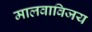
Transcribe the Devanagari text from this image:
मालवाविजय